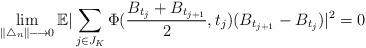
LaTeX: \begin{align*}\displaystyle \lim\limits_{\|\bigtriangleup_{n}\| \longrightarrow 0 } \mathbb{E} | \sum_{ \substack{j\in J_{K}} } \Phi(\frac{B_{t_{j}}+B_{t_{j+1}}}{2},t_{j}) (B_{t_{j+1}}-B_{t_{j}}) |^2 =0\end{align*}